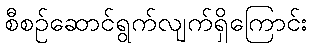
စီစဉ်ဆောင်ရွက်လျက်ရှိကြောင်း